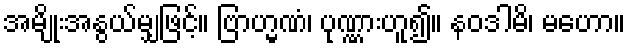
အမျိုးအနွယ်မျှဖြင့်။ ဗြာဟ္မဏံ၊ ပုဏ္ဏားဟူ၍။ နဝဒါမိ၊ မဟော။